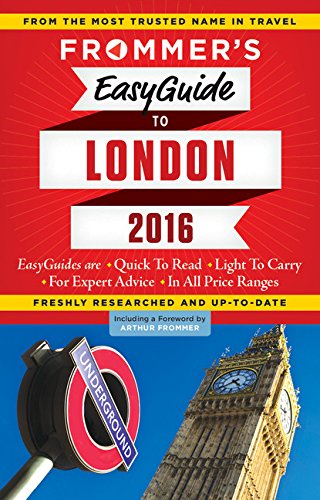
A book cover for Frommer's EasyGuide to London 2016 (Easy Guides); Jason Cochran; Travel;